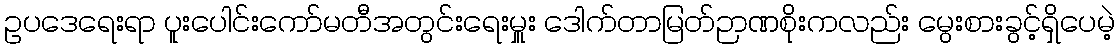
ဥပဒေရေးရာ ပူးပေါင်းကော်မတီအတွင်းရေးမှူး ဒေါက်တာမြတ်ဉာဏစိုးကလည်း မွေးစားခွင့်ရှိပေမဲ့